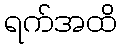
ရက်အထိ